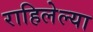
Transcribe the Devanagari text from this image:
राहिलेल्‍या